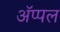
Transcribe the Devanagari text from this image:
अॅप्पल